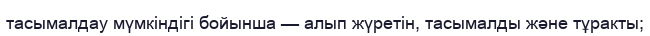
тасымалдау мүмкіндігі бойынша — алып жүретін, тасымалды және тұракты;